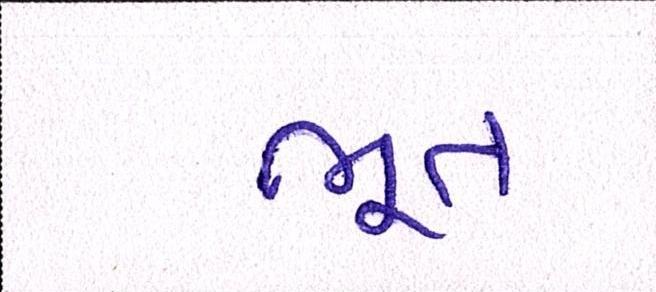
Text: ભૂત